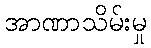
အာဏာသိမ်းမှု